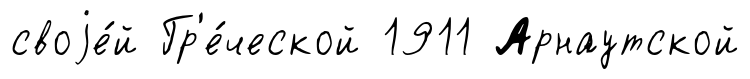
своjе́й Гр'е́ческой 1911 Арнаутской